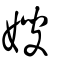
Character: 嫂